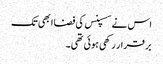
اس نے سسپنس کی فضا ابھی تک
بر قرار رکھی ہوئی تھی۔